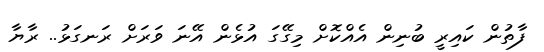
ފާތުން ކައިރީ ބުނިން އެއްކޮށް މިގޭގަ އުޅެން އޭނަ ވަރަށް ރަނގަޅު.. ރާޔާ